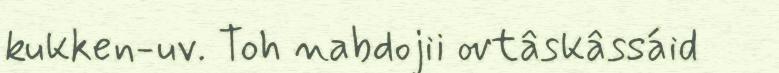
kukken-uv. Toh nabdojii ovtâskâssáid